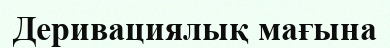
Деривациялық мағына